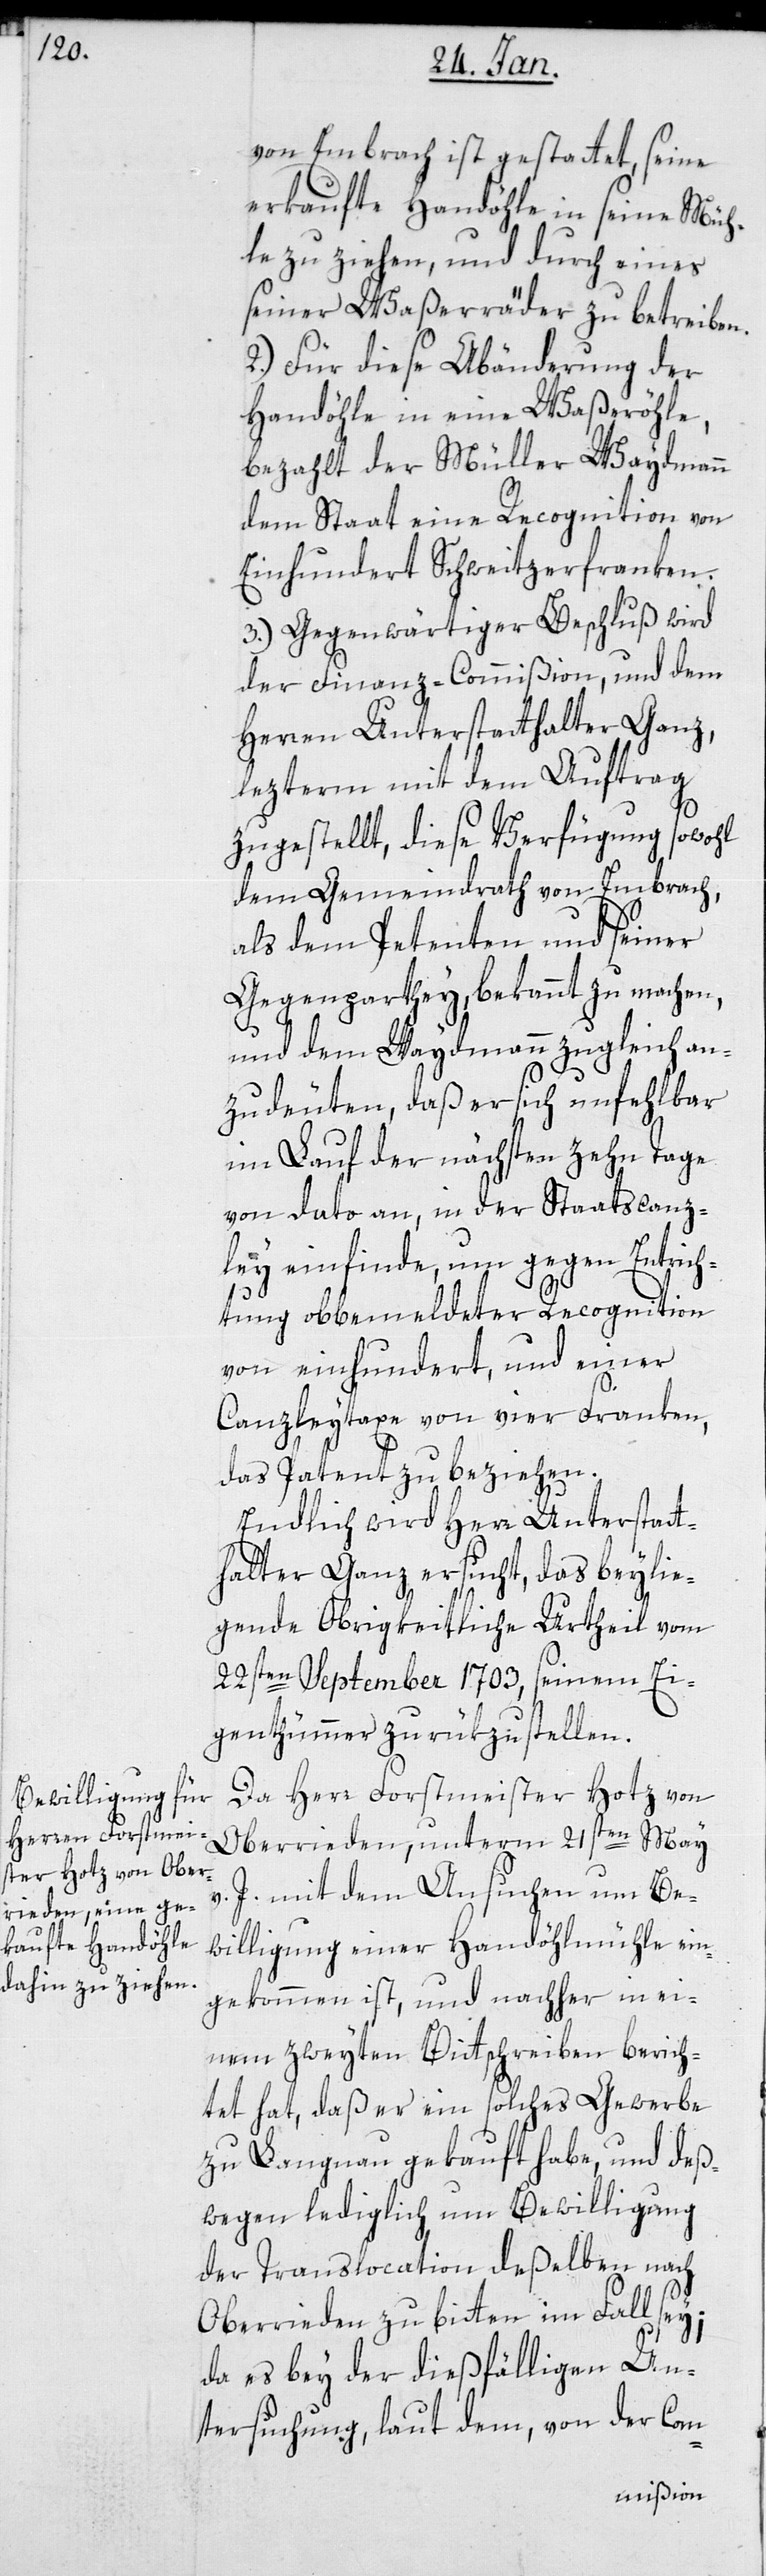
von Embrach ist gestattet, seine
erkaufte Handöhle in seine Müh¬
le zu ziehen, und durch eines
seiner Waßerräder zu betreiben.
2.) für diese Abänderung der
Handöhle in eine Waßeröhle,
bezahlt der Müller Waydmann
dem Staat eine Recognition von
Einhundert Schweitzerfranken.
3.) Gegenwärtiger Beschluß wird
der Finanz-Commißion und dem
Herren Unterstatthalter Ganz,
letzterm mit dem Auftrag
zugestellt, diese Verfügung sowohl
dem Gemeindrath von Embrach,
als dem Petenten und seiner
Gegenparthey bekannt zu machen,
und dem Waydmann zugleich an¬
zudeuten, daß er sich unfehlbar
im Lauf der nächsten zehn Tage
von dato an, in der Staatscanz¬
ley einfinde, um gegen Entrich¬
tung obbemeldeter Recognition
von einhundert und einer
Canzleytaxe von vier Franken,
das Patent zu beziehen.
Endlich wird Herr Unterstatt¬
halter Ganz ersucht, das beylie¬
gende obrigkeitliche Urteil vom
22sten September 1703, seinem Ei¬
genthümer zurükzustellen.
Da Herr Forstmeister Hotz von
Oberrieden, unterm 21sten Mai
v. J. mit dem Ansuchen um Be¬
willigung einer Handöhlmühle ein¬
gekommen ist, und nachher in ei¬
nem zweyten Bittschreiben berich¬
tet hat, daß er ein solches Gewerbe
zu Langnau gekauft habe, und deß¬
wegen lediglich um Bewilligung
der Translocation deßelben nach
Oberrieden zu bitten im Fall sey;
da es bey der dießfälligen Un¬
tersuchung, laut dem, von der Com-